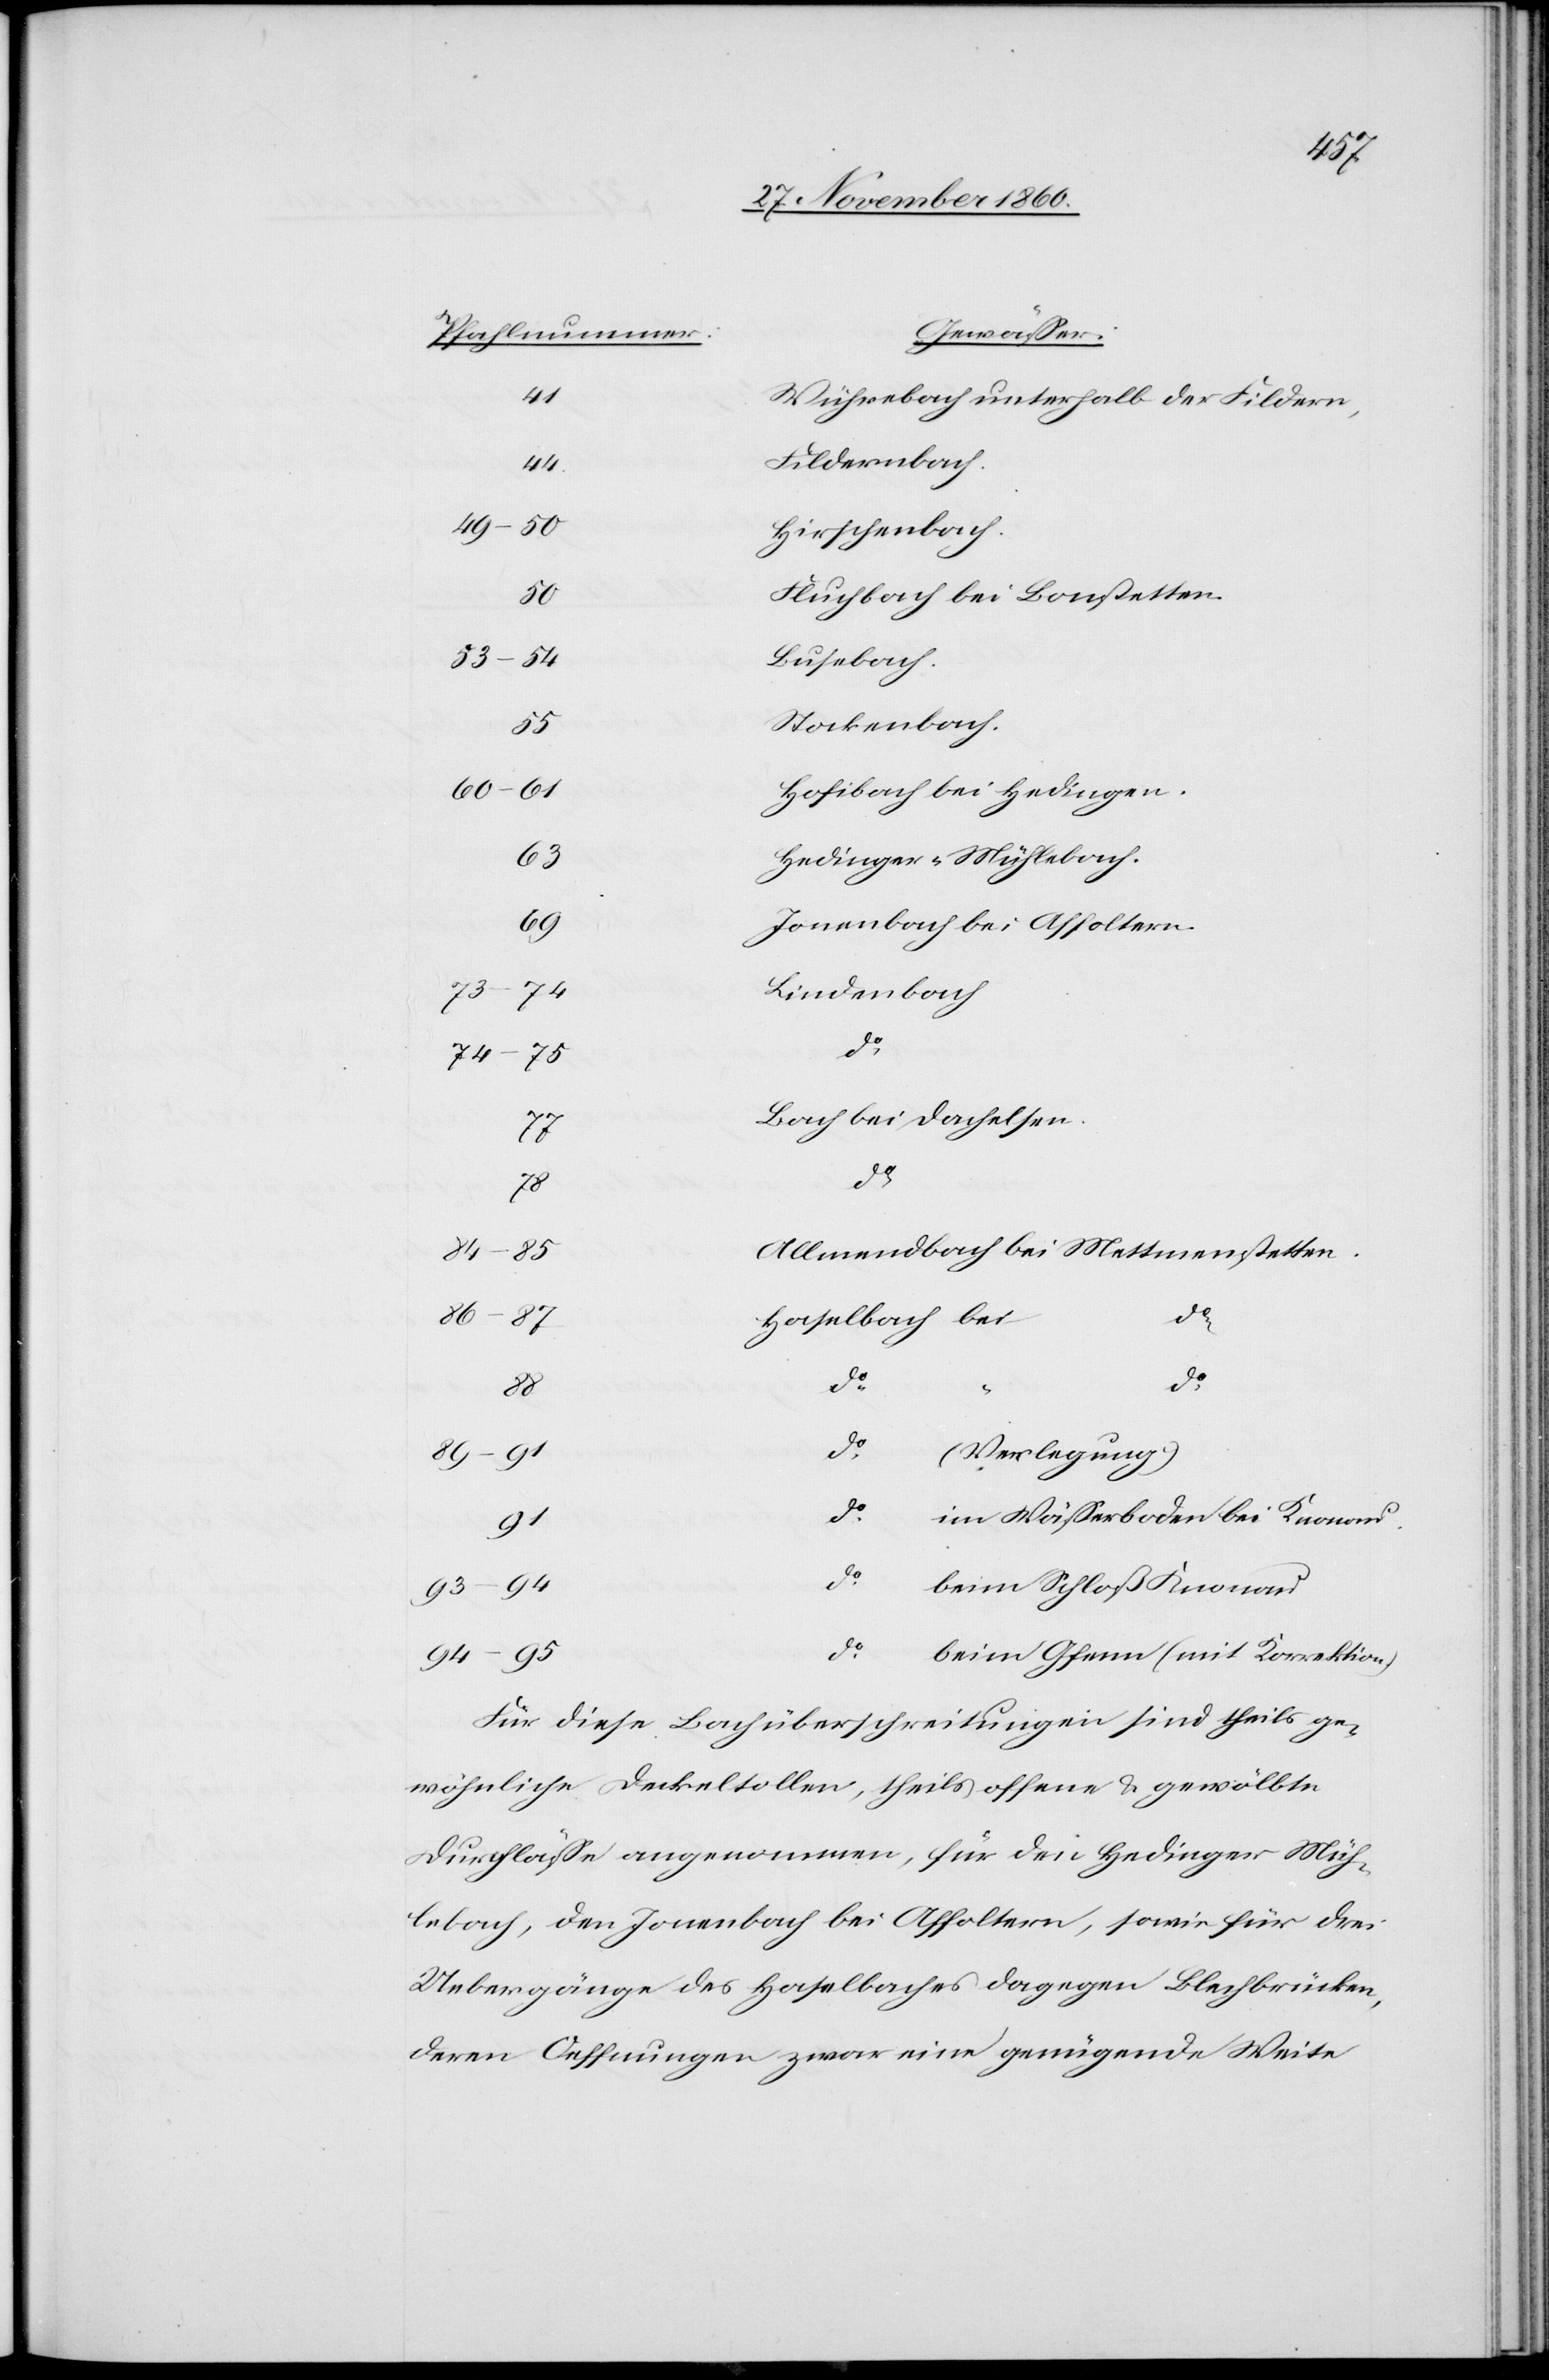
77
41
Wührebach unterhalb der Fildern,
Feldernbach.
44
49–50
Hirschenbach.
Fluchbach bei Bonstetten.
Haselbach
73–74
Stockenbach.
Hofibach bei Hedingen.
Hedinger-Mühlebach.
63
69
Jonenbach bei Affoltern.
Lindenbach
88
74–5
Bach bei Dachelsen
Allmendbach bei Mettmenstetten
do
86–7
do
do
(Verlegung)
89–91
im Wässerboden bei Knonau
91
beim Schloß Knonau
beim Gfenn (mit Korrektion
94–95
Für diese Bachüberschreitungen sind theils ge¬
wöhnliche Deckeltollen, theils offene u. gewölbte
Durchlässe angenommen, für den Hedinger Müh¬
lebach, den Jonenbach bei Affoltern, sowie für drei
Uebergänge des Haselbaches dagegen Blechbrücken,
deren Oeffnungen zwar eine genügende Weite